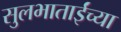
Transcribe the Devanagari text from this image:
सुलभाताईंच्या